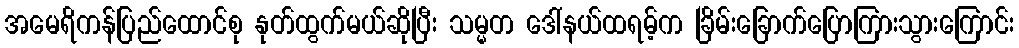
အမေရိကန်ပြည်ထောင်စု နုတ်ထွက်မယ်ဆိုပြီး သမ္မတ ဒေါ်နယ်ထရမ့်က ခြိမ်းခြောက်ပြောကြားသွားကြောင်း